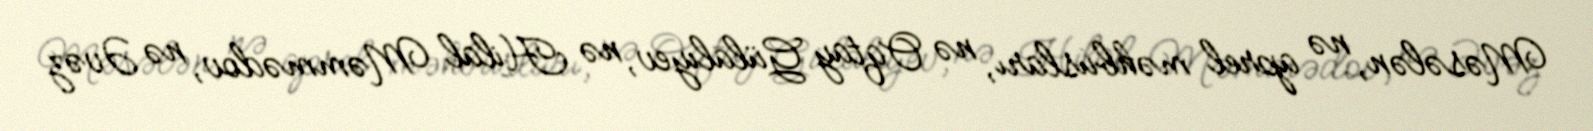
Məsələn, nə aprel məhbusları, nə Oqtay Gülalıyev, nə Hilal Məmmədov, nə Əvəz